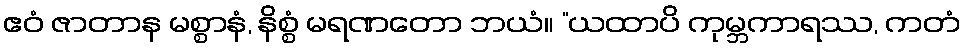
ဧဝံ ဇာတာန မစ္စာနံ, နိစ္စံ မရဏတော ဘယံ။ “ယထာပိ ကုမ္ဘကာရဿ, ကတံ